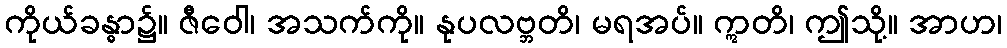
ကိုယ်ခန္ဓာ၌။ ဇီဝေါ၊ အသက်ကို။ နုပလဗ္ဘတိ၊ မရအပ်။ ဣတိ၊ ဤသို့။ အာဟ၊